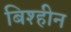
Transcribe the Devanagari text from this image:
बिश्हीन